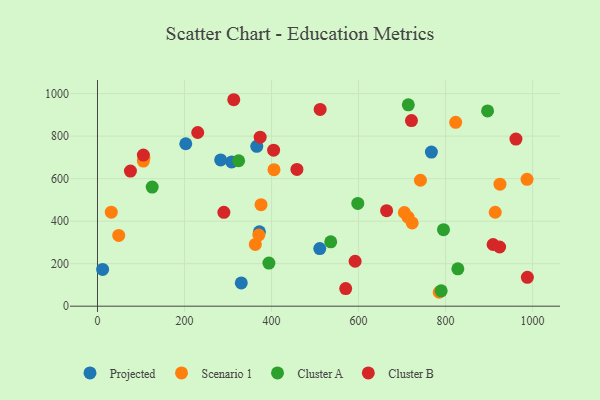
{"axis": {"x": "Ad Spend", "y": "Sales"}, "legend": ["Cluster A", "Cluster B", "Projected", "Scenario 1"], "data": [{"x": "308.4", "y": 678.8, "type": "Projected"}, {"x": "510.9", "y": 271.3, "type": "Projected"}, {"x": "366.1", "y": 751.9, "type": "Projected"}, {"x": "202.9", "y": 764.1, "type": "Projected"}, {"x": "767.5", "y": 725.2, "type": "Projected"}, {"x": "330.5", "y": 109.3, "type": "Projected"}, {"x": "372.2", "y": 350.1, "type": "Projected"}, {"x": "11.8", "y": 173.0, "type": "Projected"}, {"x": "283.1", "y": 688.0, "type": "Projected"}, {"x": "823.3", "y": 865.0, "type": "Scenario 1"}, {"x": "723.3", "y": 391.6, "type": "Scenario 1"}, {"x": "914.2", "y": 441.9, "type": "Scenario 1"}, {"x": "742.3", "y": 592.5, "type": "Scenario 1"}, {"x": "713.8", "y": 418.8, "type": "Scenario 1"}, {"x": "105.5", "y": 682.5, "type": "Scenario 1"}, {"x": "106.9", "y": 697.9, "type": "Scenario 1"}, {"x": "375.9", "y": 477.6, "type": "Scenario 1"}, {"x": "925.1", "y": 574.2, "type": "Scenario 1"}, {"x": "370.8", "y": 335.0, "type": "Scenario 1"}, {"x": "405.7", "y": 642.1, "type": "Scenario 1"}, {"x": "785.5", "y": 65.5, "type": "Scenario 1"}, {"x": "705.3", "y": 440.7, "type": "Scenario 1"}, {"x": "48.8", "y": 333.0, "type": "Scenario 1"}, {"x": "31.7", "y": 442.2, "type": "Scenario 1"}, {"x": "362.7", "y": 290.6, "type": "Scenario 1"}, {"x": "987.3", "y": 596.8, "type": "Scenario 1"}, {"x": "125.7", "y": 560.2, "type": "Cluster A"}, {"x": "536.1", "y": 302.8, "type": "Cluster A"}, {"x": "394.0", "y": 202.9, "type": "Cluster A"}, {"x": "714.4", "y": 947.5, "type": "Cluster A"}, {"x": "795.3", "y": 359.9, "type": "Cluster A"}, {"x": "790.0", "y": 72.2, "type": "Cluster A"}, {"x": "896.6", "y": 918.4, "type": "Cluster A"}, {"x": "828.3", "y": 175.8, "type": "Cluster A"}, {"x": "324.4", "y": 684.3, "type": "Cluster A"}, {"x": "598.3", "y": 483.7, "type": "Cluster A"}, {"x": "75.7", "y": 635.5, "type": "Cluster B"}, {"x": "961.8", "y": 786.2, "type": "Cluster B"}, {"x": "404.8", "y": 734.1, "type": "Cluster B"}, {"x": "721.7", "y": 873.4, "type": "Cluster B"}, {"x": "664.5", "y": 449.4, "type": "Cluster B"}, {"x": "592.2", "y": 211.5, "type": "Cluster B"}, {"x": "105.4", "y": 710.7, "type": "Cluster B"}, {"x": "924.3", "y": 278.5, "type": "Cluster B"}, {"x": "511.8", "y": 925.7, "type": "Cluster B"}, {"x": "230.4", "y": 817.1, "type": "Cluster B"}, {"x": "290.5", "y": 441.4, "type": "Cluster B"}, {"x": "909.3", "y": 290.3, "type": "Cluster B"}, {"x": "313.2", "y": 971.3, "type": "Cluster B"}, {"x": "988.1", "y": 135.7, "type": "Cluster B"}, {"x": "373.9", "y": 795.0, "type": "Cluster B"}, {"x": "458.4", "y": 643.6, "type": "Cluster B"}, {"x": "570.5", "y": 82.8, "type": "Cluster B"}]}